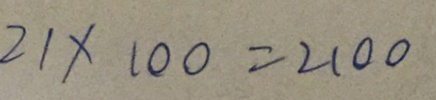
2 1 \times 1 0 0 = 2 1 0 0